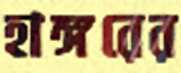
হাঙ্গরের